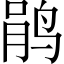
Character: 鹃